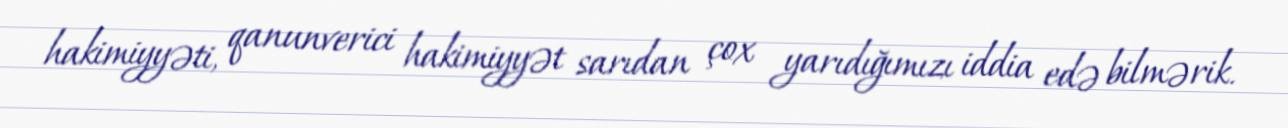
hakimiyyəti, qanunverici hakimiyyət sarıdan çox yarıdığımızı iddia edə bilmərik.